Civil Veterinary Dept. Bombay admin report 1900-1906 - 1900-1906
Year: 1900
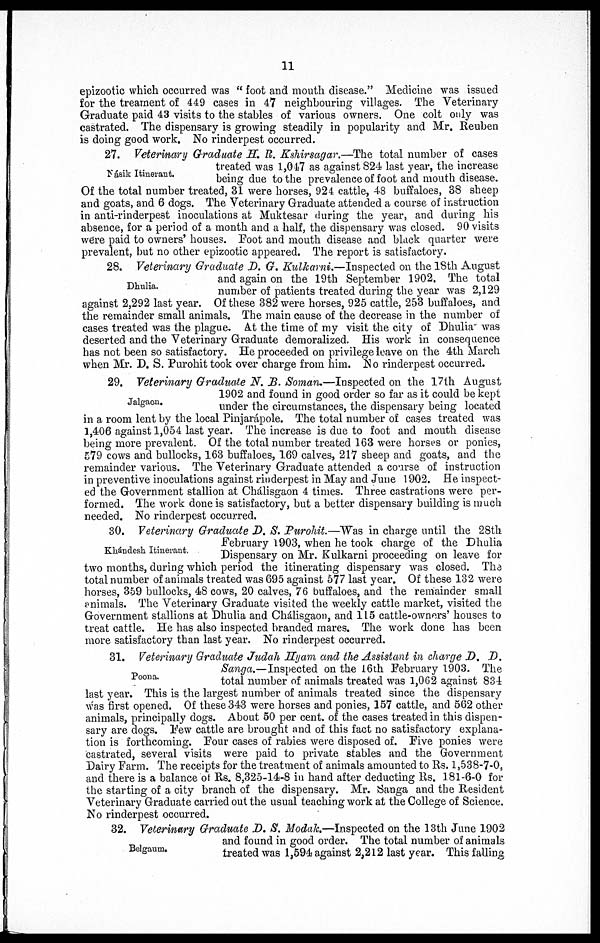
11
epizootic which occurred was "foot and mouth disease." Medicine was issued
for the treament of 449 cases in 47 neighbouring villages. The Veterinary
Graduate paid 43 visits to the stables of various owners. One colt only was
castrated. The dispensary is growing steadily in popularity and Mr. Reuben
is doing good work. No rinderpest occurred.
Násik Itinerant.
27. Veterinary Graduate H. R. Kshirsagar.—The total number of cases
treated was 1,047 as against 824 last year, the increase
being due to the prevalence of foot and mouth disease.
Of the total number treated, 31 were horses, 924 cattle, 48 buffaloes, 38 sheep
and goats, and 6 dogs. The Veterinary Graduate attended a course of instruction
in anti-rinderpest inoculations at Muktesar during the year, and during his
absence, for a period of a month and a half, the dispensary was closed. 90 visits
were paid to owners' houses. Foot and mouth disease and black quarter were
prevalent, but no other epizootic appeared. The report is satisfactory.
Dhulia.
28. Veterinary Graduate D. G. Kulkarni.—Inspected on the 18th August
and again on the 19th September 1902. The total
number of patients treated during the year was 2,129
against 2,292 last year. Of these 382 were horses, 925 cattle, 253 buffaloes, and
the remainder small animals. The main cause of the decrease in the number of
cases treated was the plague. At the time of my visit the city of Dhulia was
deserted and the Veterinary Graduate demoralized. His work in consequence
has not been so satisfactory. He proceeded on privilege leave on the 4th March
when Mr. D. S. Purohit took over charge from him. No rinderpest occurred.
Jalgaon.
29. Veterinary Graduate N. B. Soman.—Inspected on the 17th August
1902 and found in good order so far as it could be kept
under the circumstances, the dispensary being located
in a room lent by the local Pinjarápole. The total number of cases treated was
1,406 against 1,054 last year. The increase is due to foot and mouth disease
being more prevalent. Of the total number treated 163 were horses or ponies,
579 cows and bullocks, 163 buffaloes, 169 calves, 217 sheep and goats, and the
remainder various. The Veterinary Graduate attended a course of instruction
in preventive inoculations against rinderpest in May and June 1902. He inspect-
ed the Government stallion at Chálisgaon 4 times. Three castrations were per-
formed. The work done is satisfactory, but a better dispensary building is much
needed. No rinderpest occurred.
Khándesh Itinerant.
30. Veterinary Graduate D. S. Purohit.—Was in charge until the 28th
February 1903, when he took charge of the Dhulia
Dispensary on Mr. Kulkarni proceeding on leave for
two months, during which period the itinerating dispensary was closed. The
total number of animals treated was 695 against 577 last year. Of these 132 were
horses, 359 bullocks, 48 cows, 20 calves, 76 buffaloes, and the remainder small
animals. The Veterinary Graduate visited the weekly cattle market, visited the
Government stallions at Dhulia and Chálisgaon, and 115 cattle-owners' houses to
treat cattle. He has also inspected branded mares. The work done has been
more satisfactory than last year. No rinderpest occurred.
Poona.
31. Veterinary Graduate Judah Hyam and the Assistant in charge D. D.
Sanga.—Inspected on the 16th February 1903. The
total number of animals treated was 1,062 against 834
last year. This is the largest number of animals treated since the dispensary
was first opened. Of these 343 were horses and ponies, 157 cattle, and 562 other
animals, principally dogs. About 50 per cent. of the cases treated in this dispen-
sary are dogs. Few cattle are brought and of this fact no satisfactory explana-
tion is forthcoming. Four cases of rabies were disposed of. Five ponies were
castrated, several visits were paid to private stables and the Government
Dairy Farm. The receipts for the treatment of animals amounted to Rs. 1,538-7-0,
and there is a balance of Rs. 8,325-14-8 in hand after deducting Rs. 181-6-0 for
the starting of a city branch of the dispensary. Mr. Sanga and the Resident
Veterinary Graduate carried out the usual teaching work at the College of Science.
No rinderpest occurred.
Belgaum.
32. Veterinary Graduate D. S. Modak.—Inspected on the 13th June 1902
and found in good order. The total number of animals
treated was 1,594 against 2,212 last year. This falling